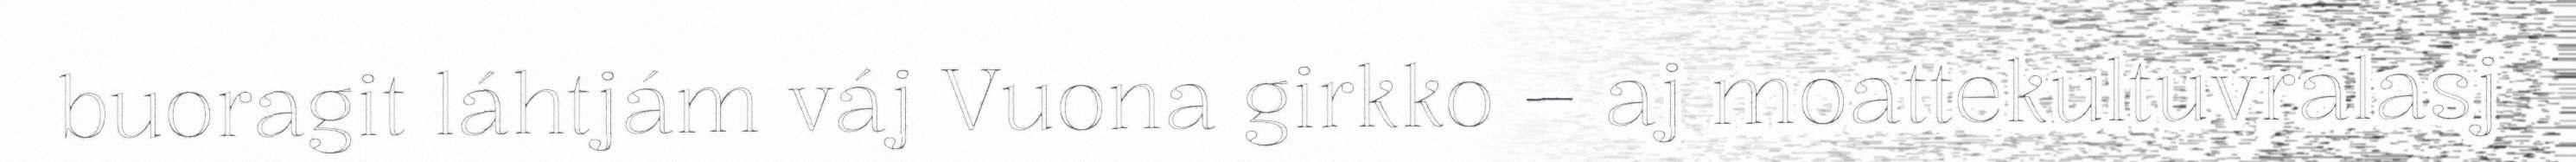
buoragit láhtjám váj Vuona girkko – aj moattekultuvralasj